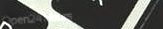
Open24Hours